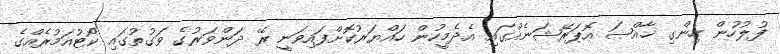
ފުލުހުން ހިންގި ޚާއްޞަ އޮޕަރޭޝަނެއްގައި އެދެމީހުން ހައްޔަރުކޮށްފައިވަނީ ރޭ ދަންވަރުގެ ވަގުތުގައި ކޯޓުއަމުރެއްގެ